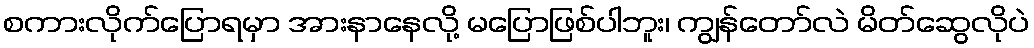
စကားလိုက်ပြောရမှာ အားနာနေလို့ မပြောဖြစ်ပါဘူး၊ ကျွန်တော်လဲ မိတ်ဆွေလိုပဲ